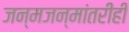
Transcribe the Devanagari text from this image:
जन्मजन्मांतरीही